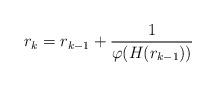
LaTeX: \begin{align*}r_{k}=r_{k-1}+\frac 1 {\varphi(H(r_{k-1}))}\end{align*}